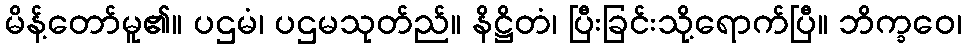
မိန့်တော်မူ၏။ ပဌမံ၊ ပဌမသုတ်ည်။ နိဋ္ဌိတံ၊ ပြီးခြင်းသို့ရောက်ပြီ။ ဘိက္ခဝေ၊